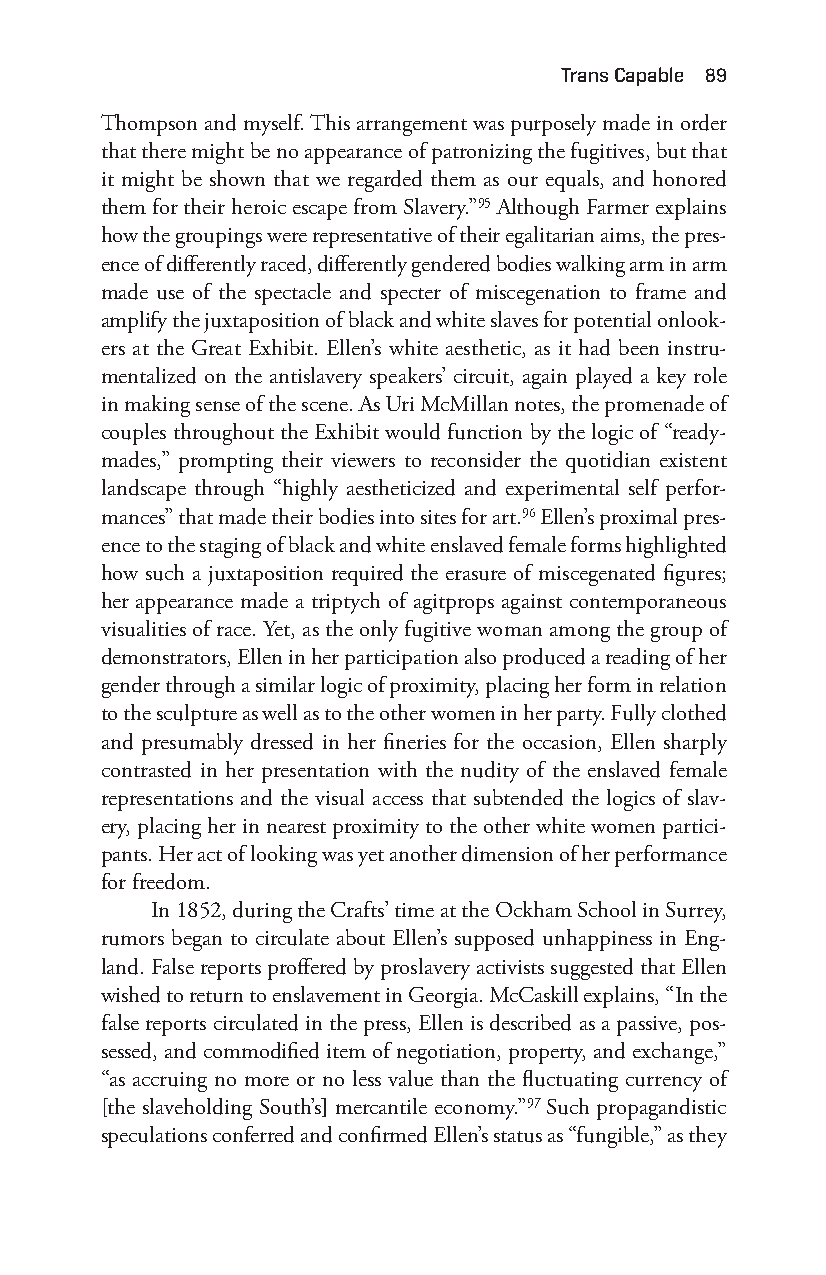
trans capable 89
 Thompson and myself. This arrangement was purposely made in order
 that there might be no appearance of patronizing the fugitives, but that
 it might be shown that we regarded them as our equals, and honored
 them for their heroic escape from Slavery.”95 Although Farmer explains
 how the groupings were representative of their egalitarian aims, the pres-
 ence of differently raced, differently gendered bodies walking arm in arm
 made use of the spectacle and specter of miscegenation to frame and
 amplify the juxtaposition of black and white slaves for potential onlook-
 ers at the Great Exhibit. Ellen’s white aesthetic, as it had been instru-
 mentalized on the antislavery speakers’ circuit, again played a key role
 in making sense of the scene. As Uri McMillan notes, the promenade of
 couples throughout the Exhibit would function by the logic of “ready-
 mades,” prompting their viewers to reconsider the quotidian existent
 landscape through “highly aestheticized and experimental self perfor-
 mances” that made their bodies into sites for art.96 Ellen’s proximal pres-
 ence to the staging of black and white enslaved female forms highlighted
 how such a juxtaposition required the erasure of miscegenated figures;
 her appearance made a triptych of agitprops against contemporaneous
 visualities of race. Yet, as the only fugitive woman among the group of
 demonstrators, Ellen in her participation also produced a reading of her
 gender through a similar logic of proximity, placing her form in relation
 to the sculpture as well as to the other women in her party. Fully clothed
 and presumably dressed in her fineries for the occasion, Ellen sharply
 contrasted in her presentation with the nudity of the enslaved female
 representations and the visual access that subtended the logics of slav-
 ery, placing her in nearest proximity to the other white women partici-
 pants. Her act of looking was yet another dimension of her performance
 for freedom.
 In 1852, during the Crafts’ time at the Ockham School in Surrey,
 rumors began to circulate about Ellen’s supposed unhappiness in Eng-
 land. False reports proffered by proslavery activists suggested that Ellen
 wished to return to enslavement in Georgia. McCaskill explains, “In the
 false reports circulated in the press, Ellen is described as a passive, pos-
 sessed, and commodified item of negotiation, property, and exchange,”
 “as accruing no more or no less value than the fluctuating currency of
 [the slaveholding South’s] mercantile economy.”97 Such propagandistic
 speculations conferred and confirmed Ellen’s status as “fungible,” as they
 Snorton.indd 89                             29/09/2017 8:41:02 AM